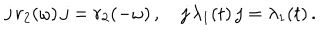
j \, r _ { 2 } ( \omega ) \, j = r _ { 2 } ( - \omega ) \, , \quad j \, \lambda _ { 1 } ( t ) \, j = \lambda _ { 1 } ( t ) \, .